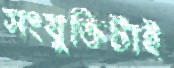
সংযুক্তিটাই